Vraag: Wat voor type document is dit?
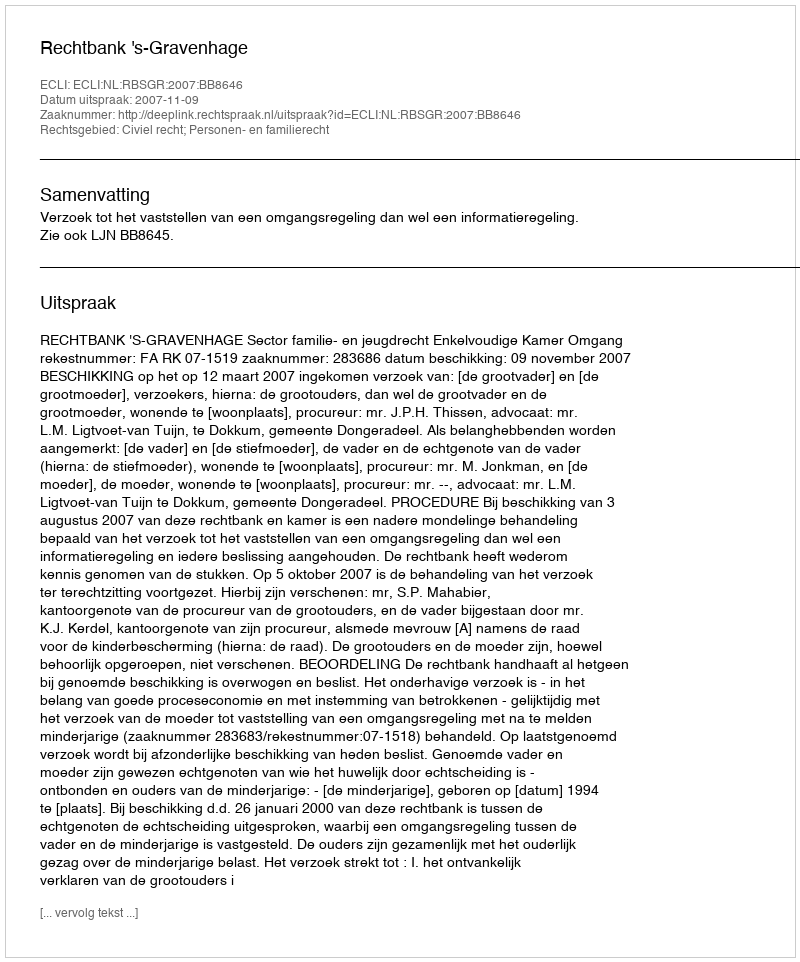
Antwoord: Uitspraak